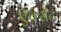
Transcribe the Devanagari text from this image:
ऐक्सेंट